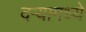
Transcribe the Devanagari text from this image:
दऱ्यामध्ये